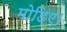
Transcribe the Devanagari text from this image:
मोड़िए।